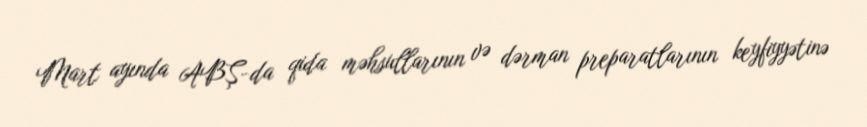
Mart ayında ABŞ-da qida məhsullarının və dərman preparatlarının keyfiyyətinə